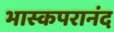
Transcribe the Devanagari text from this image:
भास्कपरानंद